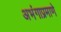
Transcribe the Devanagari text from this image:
अभंगाप्रमाणे